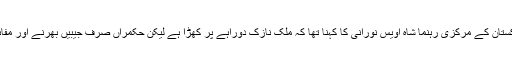
ریلی سے خطاب کرتے ہوئے جمعیت علمائے پاکستان کے مرکزی رہنما شاہ اویس نورانی کا کہنا تھا کہ ملک نازک دوراہے پر کھڑا ہے لیکن حکمراں صرف جیبیں بھرنے اور مفاہمت کے نام پر عوام کو خون میں نبہلا رہے ہیں ۔